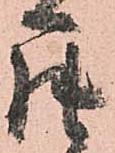
罷